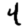
Digit: 4